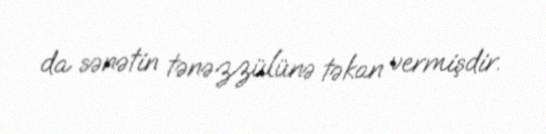
da sənətin tənəzzülünə təkan vermişdir.